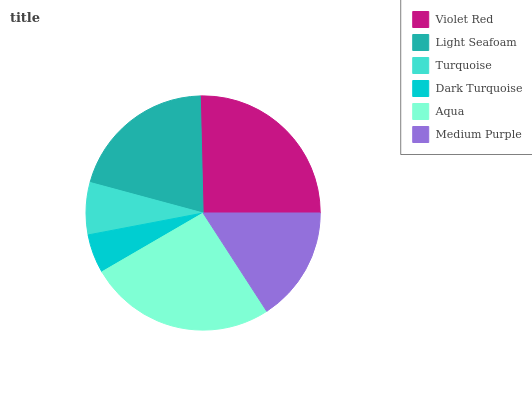
| Violet Red | Light Seafoam | Turquoise | Dark Turquoise | Aqua | Medium Purple |
 | --- | --- | --- | --- | --- | --- |
 | 25.3% | 20.4% | 7.2% | 5.39% | 25.8% | 15.9% |